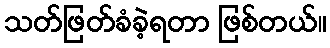
သတ်ဖြတ်ခံခဲ့ရတာ ဖြစ်တယ်။